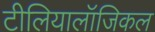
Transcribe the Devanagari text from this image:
टीलियालॉजिकल